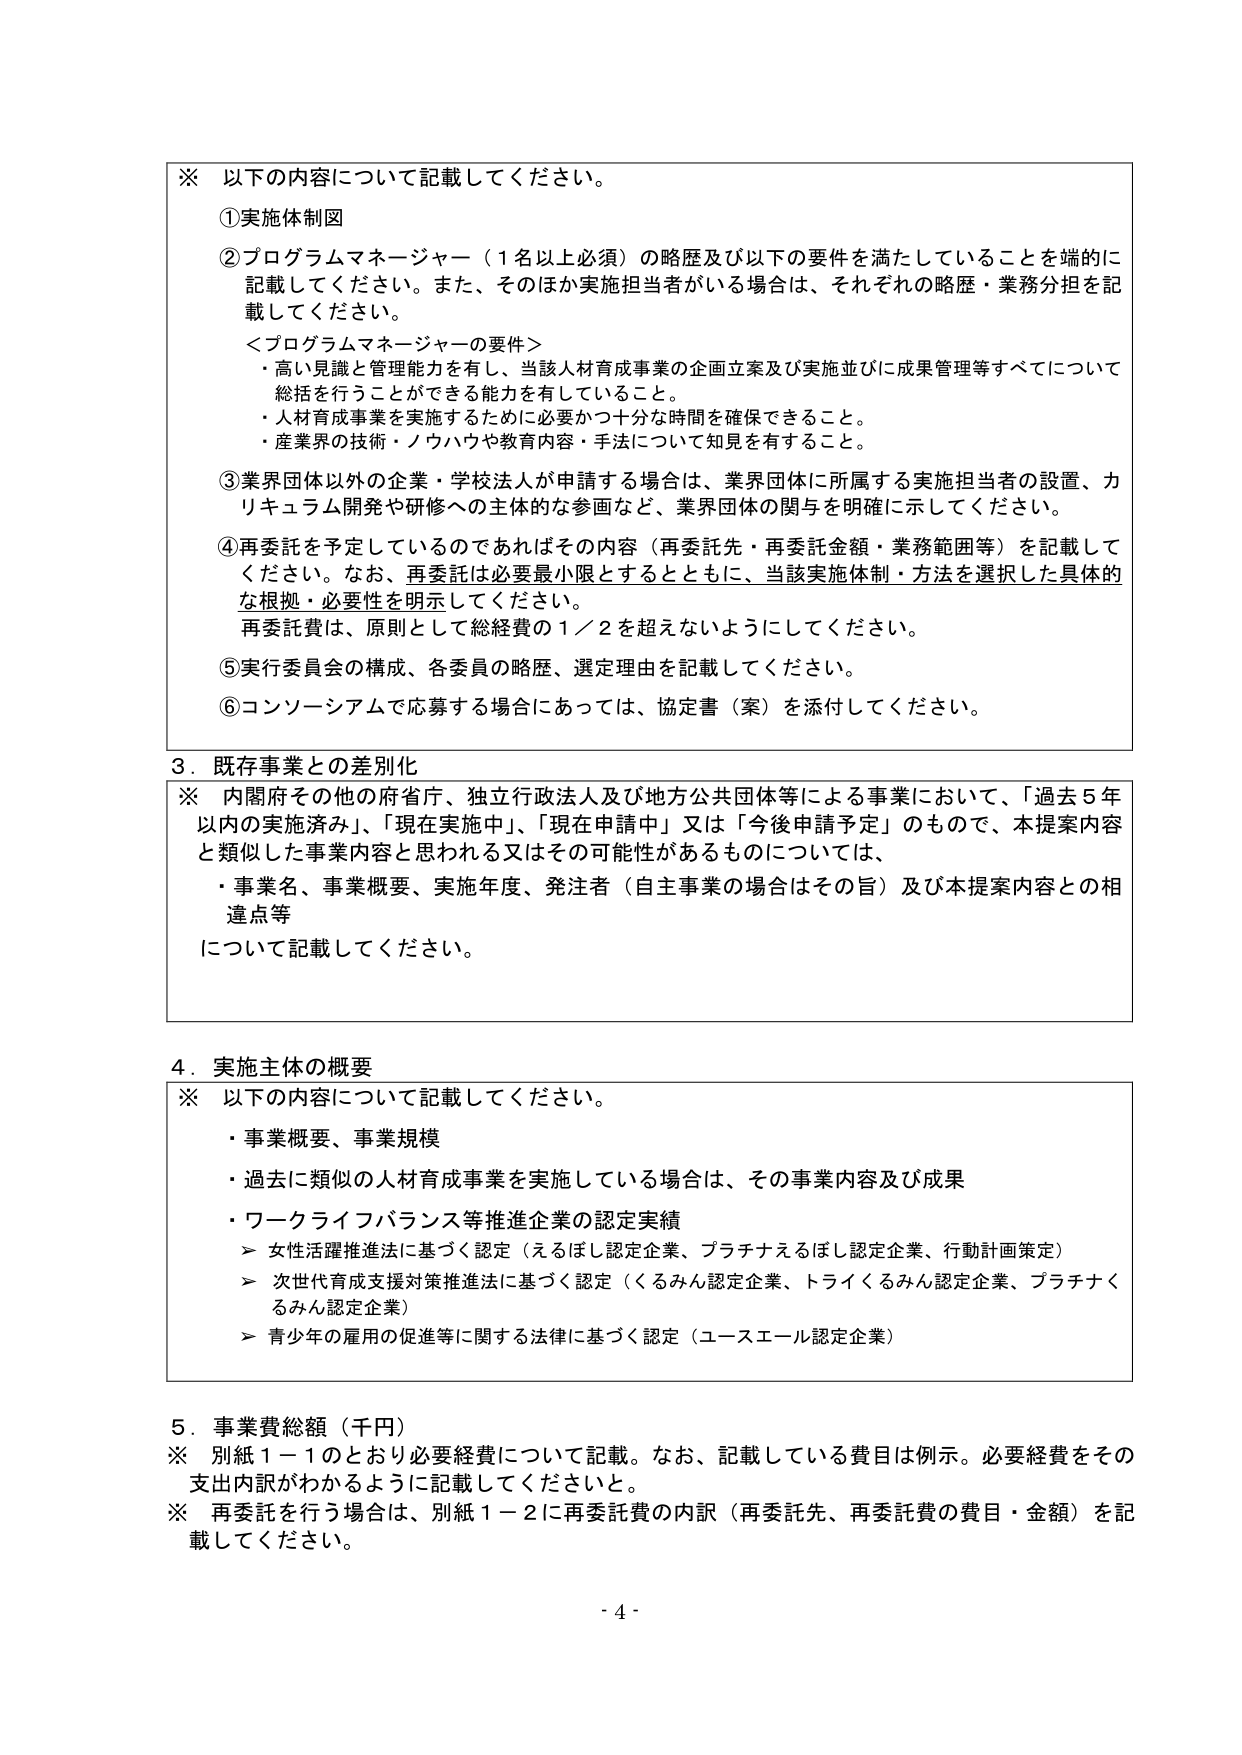
※ 以下の内容について記載してください。

①実施体制図

②プログラムマネージャー（1名以上必須）の略歴及び以下の要件を満たしていることを端的に記載してください。また、そのほか実施担当者がいる場合は、それぞれの略歴・業務分担を記載してください。

＜プログラムマネージャーの要件＞
・高い見識と管理能力を有し、当該人材育成事業の企画立案及び実施並びに成果管理等すべてについて総括を行うことができる能力を有していること。
・人材育成事業を実施するために必要かつ十分な時間を確保できること。
・産業界の技術・ノウハウや教育内容・手法について知見を有すること。

③業界団体以外の企業・学校法人が申請する場合は、業界団体に所属する実施担当者の設置、カリキュラム開発や研修への主体的な参画など、業界団体の関与を明確に示してください。

④再委託を予定しているのであればその内容（再委託先・再委託金額・業務範囲等）を記載してください。なお、再委託は必要最小限とするとともに、当該実施体制・方法を選択した具体的な根拠・必要性を明示してください。
再委託費は、原則として総経費の1／2を超えないようにしてください。

⑤実行委員会の構成、各委員の略歴、選定理由を記載してください。

⑥コンソーシアムで応募する場合にあっては、協定書（案）を添付してください。

3．既存事業との差別化

※ 内閣府その他の府省庁、独立行政法人及び地方公共団体等による事業において、「過去5年以内の実施済み」、「現在実施中」、「現在申請中」又は「今後申請予定」のもので、本提案内容と類似した事業内容と思われる又はその可能性があるものについては、
・事業名、事業概要、実施年度、発注者（自主事業の場合はその旨）及び本提案内容との相違点等
について記載してください。

4．実施主体の概要

※ 以下の内容について記載してください。
・事業概要、事業規模
・過去に類似の人材育成事業を実施している場合は、その事業内容及び成果
・ワークライフバランス等推進企業の認定実績
　＞ 女性活躍推進法に基づく認定（えるほし認定企業、プラチナえるほし認定企業、行動計画策定）
　＞ 次世代育成支援対策推進法に基づく認定（くるみん認定企業、トライくるみん認定企業、プラチナくるみん認定企業）
　＞ 青少年の雇用の促進等に関する法律に基づく認定（ユースエール認定企業）

5．事業費総額（千円）

※ 別紙1－1のとおり必要経費について記載。なお、記載している費目は例示。必要経費をその支出内訳がわかるように記載してください。
※ 再委託を行う場合は、別紙1－2に再委託費の内訳（再委託先、再委託費の費目・金額）を記載してください。

- 4 -